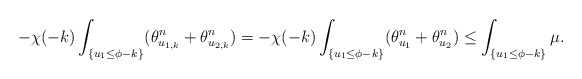
\begin{align*}-\chi(-k)\int_{\{u_1 \le \phi -k\}} (\theta_{u_{1,k}}^n + \theta_{u_{2,k}}^n)= -\chi(-k)\int_{\{u_1 \le \phi -k\}} (\theta_{u_{1}}^n + \theta_{u_{2}}^n)\leq \int_{\{u_1 \le \phi -k\}}\mu.\end{align*}